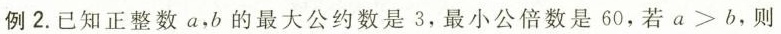
例2.已知正整数a，b的最大公约数是3，最小公倍数是60，若a>b，则=